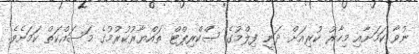
ނުވާ ކަމަށާއި މިހާރު ކުރިއަށް ދަނީ ފިލްމުގެ ސްކްރިޕްޓް ތައްޔާރުކުރުމުގެ މަސައްކަތް ކަމަށެވެ.